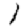
Digit: 1